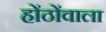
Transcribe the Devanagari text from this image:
होंठोंवाला